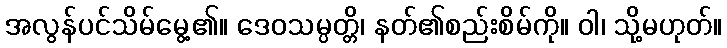
အလွန်ပင်သိမ်မွေ့၏။ ဒေဝသမ္ပတ္တိ၊ နတ်၏စည်းစိမ်ကို။ ဝါ၊ သို့မဟုတ်။